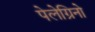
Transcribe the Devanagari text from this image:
पेलेग्रिनो